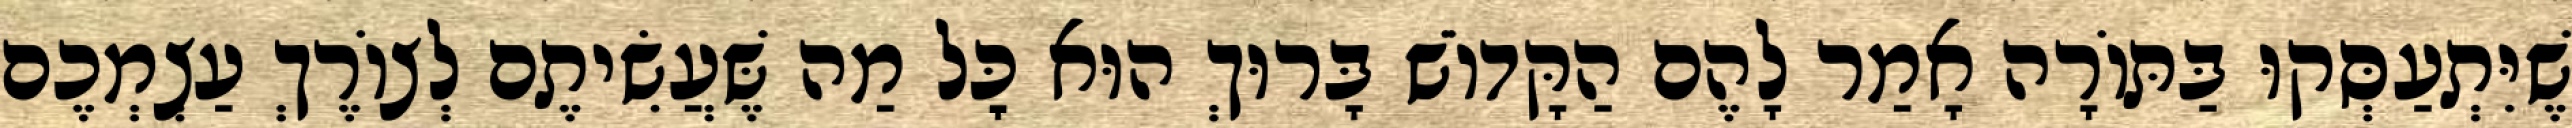
שֶׁיִּתְעַסְּקוּ בַּתּוֹרָה אָמַר לָהֶם הַקָּדוֹשׁ בָּרוּךְ הוּא כׇּל מַה שֶּׁעֲשִׂיתֶם לְצוֹרֶךְ עַצְמְכֶם